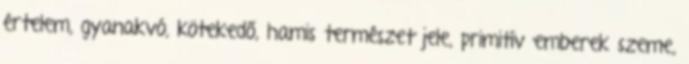
értelem, gyanakvó, kötekedő, hamis természet jele, primitív emberek szeme,